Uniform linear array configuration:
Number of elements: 48
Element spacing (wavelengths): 0.5
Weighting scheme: hamming
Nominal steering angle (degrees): -45
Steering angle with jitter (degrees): -46.565
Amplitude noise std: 0.05
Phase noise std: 0.05

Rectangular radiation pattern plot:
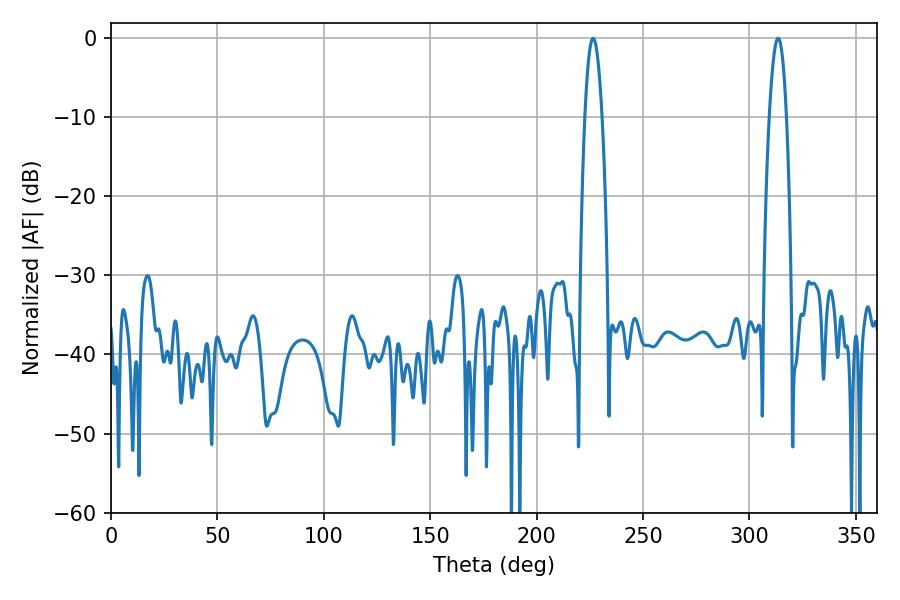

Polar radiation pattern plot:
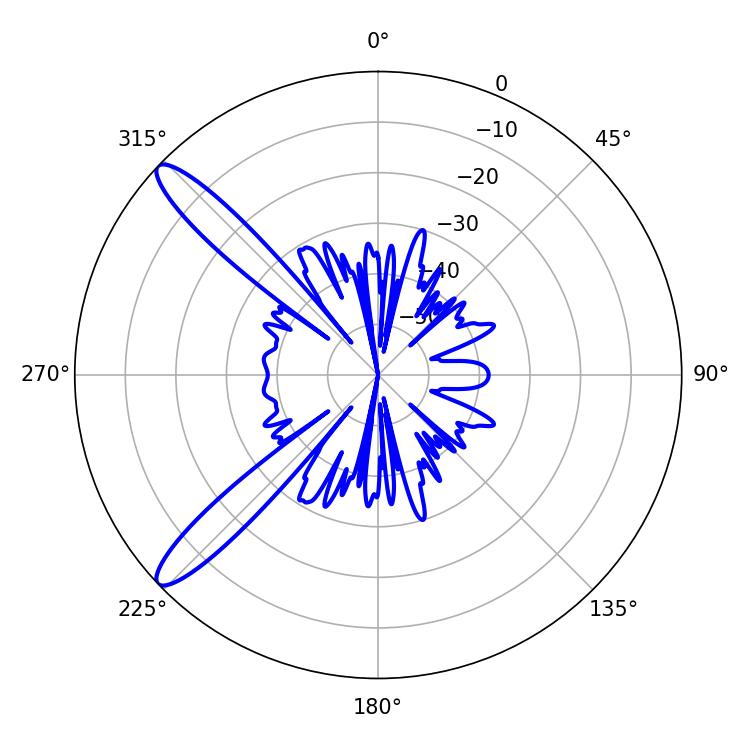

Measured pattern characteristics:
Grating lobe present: FALSE
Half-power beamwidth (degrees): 4.32
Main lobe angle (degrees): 313.38